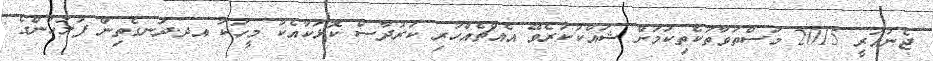
ޖެނުއަރީ 2015 މަސްތުވާތަކެތިކަމަށް ޝައްކުކުރެވޭ އެއްޗެއްހުރި ކަރުދާސް ކޮޅަކާއެކުު މީހަކު އދ.ދަނގެތިން ފުލުހުންގެ